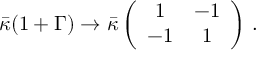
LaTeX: \bar { \kappa } ( 1 + \Gamma ) \to \bar { \kappa } \left( \begin{array} { c c } { { 1 } } & { { - 1 } } \\ { { - 1 } } & { { 1 } } \end{array} \right) \, .